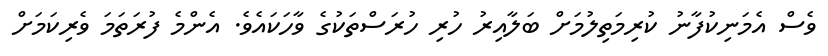
ވެސް އެމަނިކުފާނު ކުރިމަތިލުމަށް ބަލާއިރު ހުރި ހުރަސްތަކުގެ ވާހަކައެވެ. އެންމެ ފުރަތަމަ ވެރިކަމަށް